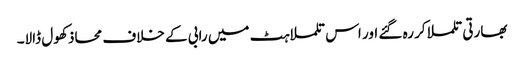
بھارتی تلملا کر رہ گئے اور اس تلملاہٹ میں رابی کے خلاف محاذ کھول ڈالا۔